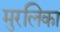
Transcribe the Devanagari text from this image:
मुरलिका